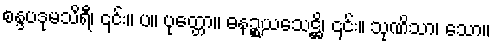
စန္ဒပဒုမသိရီ၊ ၎င်း။ ပ။ ပုတ္တော။ ဓနဉ္စယသေဋ္ဌိ၊ ၎င်း။ သုဏိသာ၊ သော။